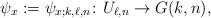
LaTeX: \begin{align*} \psi_x := \psi_{x;k,\ell, n} \colon U_{\ell, n} \to G(k,n),\end{align*}